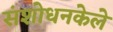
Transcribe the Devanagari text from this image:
संशोधनकेले